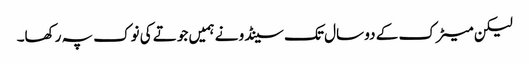
لیکن میٹرک کے دو سال تک سینڈو نے ہمیں جوتے کی نوک پہ رکھا۔